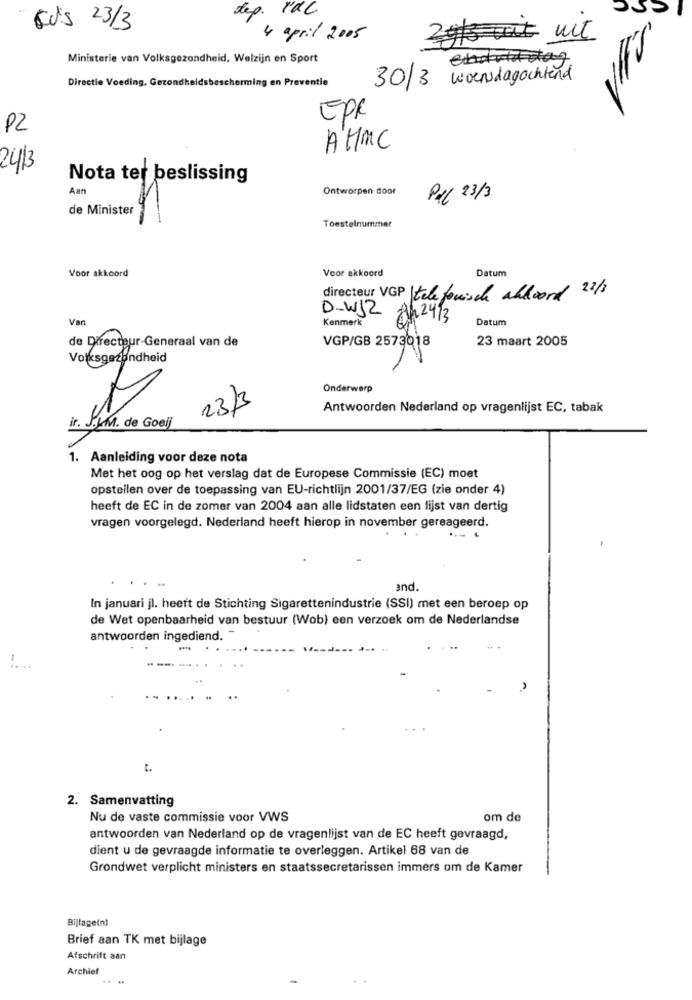
dep. I'dC
EU'S 23/3
4 april 2005
2gts uit wit
Ministerie van Volksgezondheid, Welzijn en Sport
Directie Voeding, Gezondheidsbescherming en Preventie
30/3 woensdagochtend
EPR
PZ
AHMC
24/3
Nota ter beslissing
Aan
Ontworpen door
Pul 23/3
de Minister
--
Toestelnummer
Voor akkoord
Datum
Voor akkoord
directeur VGP telefonisch abdword 22/3
D-W12
Van
Kenmerk
Ah 24/3
Datum
de Directeur-Generaal van de
VGP/GB 2573018
23 maart 2005
Onderwerp
23/3
Antwoorden Nederland op vragenlijst EC, tabak
ir. J.J.M. de Goelj
1. Aanleiding voor deze nota
Met het oog op het verslag dat de Europese Commissie (EC) moet
opstellen over de toepassing van EU-richtlijn 2001/37/EG (zie onder 4)
heeft de EC in de zomer van 2004 aan alle lidstaten een lijst van dertig
vragen voorgelegd. Nederland heeft hierop in november gereageerd.
and.
In januari jl. heeft de Stichting Sigarettenindustrie (SSI) met een beroep op
de Wet openbaarheid van bestuur (Wob) een verzoek om de Nederlandse
antwoorden ingediend.
-
t.
2. Samenvatting
Nu de vaste commissie voor VWS
om de
antwoorden van Nederland op de vragenlijst van de EC heeft gevraagd,
dient u de gevraagde informatie te overleggen. Artikel 68 van de
Grondwet verplicht ministers en staatssecretarissen immers om de Kamer
Bijlagein)
Brief aan TK met bijlage
Afschrift aan
Archief